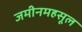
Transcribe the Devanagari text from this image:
जमीनमहसूल